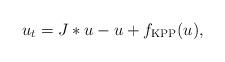
LaTeX: \begin{align*}u_{t}=J\ast u-u+f_{\rm KPP}(u),\end{align*}